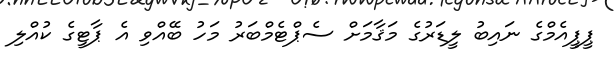
ޕީޕީއެމްގެ ނައިބު ލީޑަރުގެ މަޤާމަށް ސެޕްޓެމްބަރު މަހު ބޭއްވި އެ ޕާޓީގެ ކުއްލި